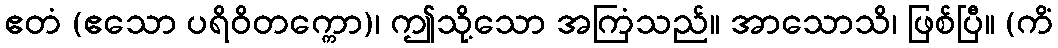
ဧတံ (ဧသော ပရိဝိတက္ကော)၊ ဤသို့သော အကြံသည်။ အာသောသိ၊ ဖြစ်ပြီ။ (ကိံ